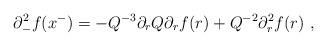
LaTeX: \begin{align*}\partial_-^2 f(x^-)=- Q^{-3} \partial_rQ \partial_r f(r)+ Q^{-2} \partial_r^2 f(r)~,\end{align*}